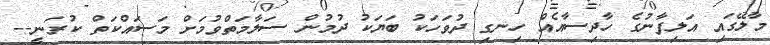
މާލޭގައި އަލިފާނުގެ ހާދިސާއެއް ހިނގި ދުވަހަކު ބަޔަކު ދުމުން ސަލާމަތްވުމަށް މަސައްކަތް ކުރަނީ--